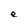
Character: e